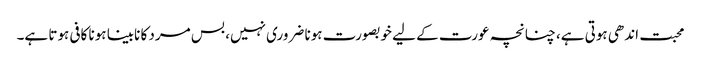
محبت اندھی ہوتی ہے، چنانچہ عورت کے لیے خوبصورت ہونا ضروری نہیں، بس مرد کا نابینا ہونا کافی ہوتا ہے۔